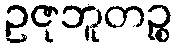
ဥဇုဘူတဉ္စ